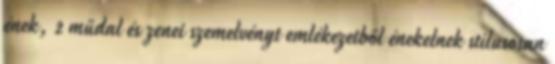
ének, 2 műdal és zenei szemelvényt emlékezetből énekelnek stílusosan